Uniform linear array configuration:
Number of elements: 8
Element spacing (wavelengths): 1
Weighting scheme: exponential
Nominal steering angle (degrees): -60
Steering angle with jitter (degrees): -61.057
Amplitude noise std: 0.05
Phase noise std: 0.05

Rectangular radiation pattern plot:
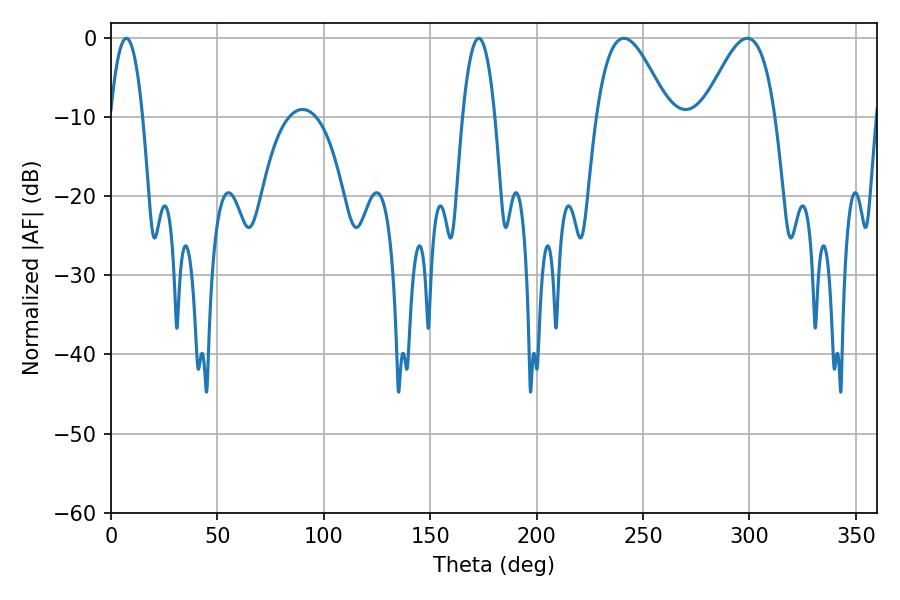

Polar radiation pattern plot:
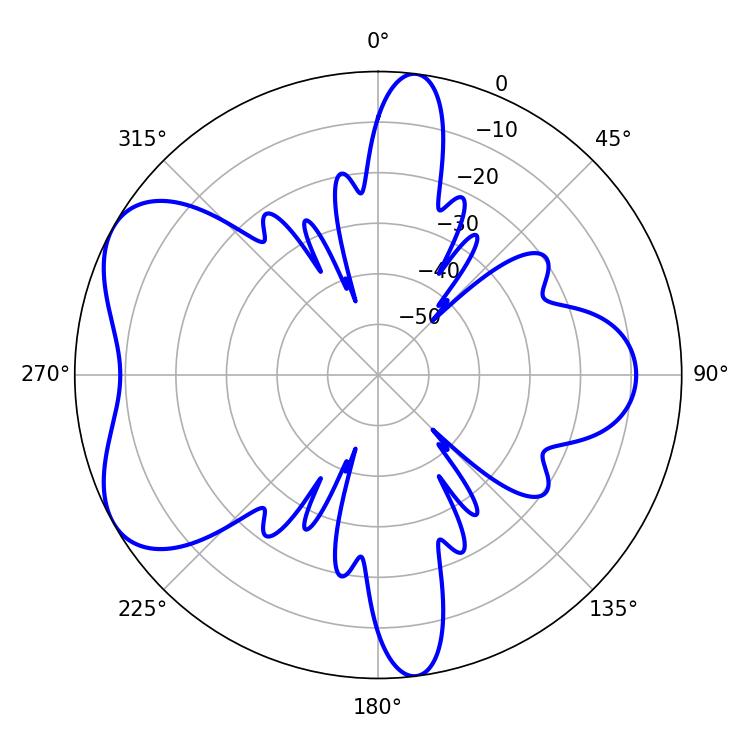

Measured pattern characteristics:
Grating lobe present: TRUE
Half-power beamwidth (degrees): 8.28
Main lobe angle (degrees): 7.2